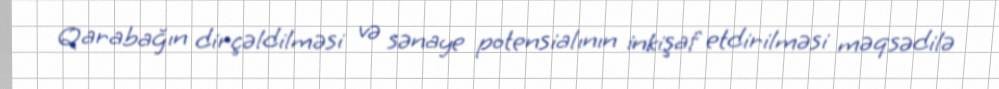
Qarabağın dirçəldilməsi və sənaye potensialının inkişaf etdirilməsi məqsədilə